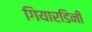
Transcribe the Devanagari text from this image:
गियारडिनी